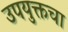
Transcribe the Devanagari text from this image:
उपयुक्तचा